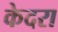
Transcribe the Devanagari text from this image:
केदरा